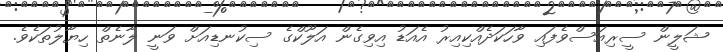
ޝަލީން ސީރިއަސްވެފައި ވާހަކަދެއްކިއިރު އެއަޑު އިވިގެން އަލޫކްގެ ސިކުނޑިއަށް ވަނީ ލާނެތް ހިޔާލުތަކެވެ.